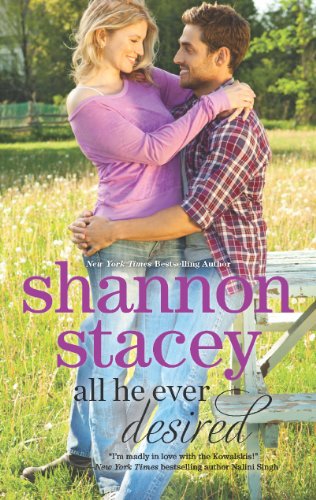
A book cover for All He Ever Desired (The Kowalskis); Shannon Stacey; Literature & Fiction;